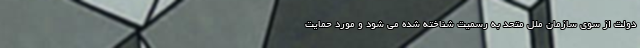
دولت از سوی سازمان ملل متحد به رسمیت شناخته شده می شود و مورد حمایت